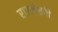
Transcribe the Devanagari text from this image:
राजवंशांचे